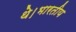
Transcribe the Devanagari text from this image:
थे।भारतीय